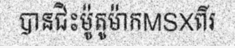
បានជិះម៉ូតូម៉ាកMSXពីរ